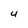
Character: 4